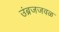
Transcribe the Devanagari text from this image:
उंब्रजजवळ